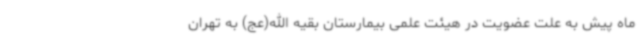
ماه پیش به علت عضویت در هیئت علمی بیمارستان بقیه الله(عج) به تهران